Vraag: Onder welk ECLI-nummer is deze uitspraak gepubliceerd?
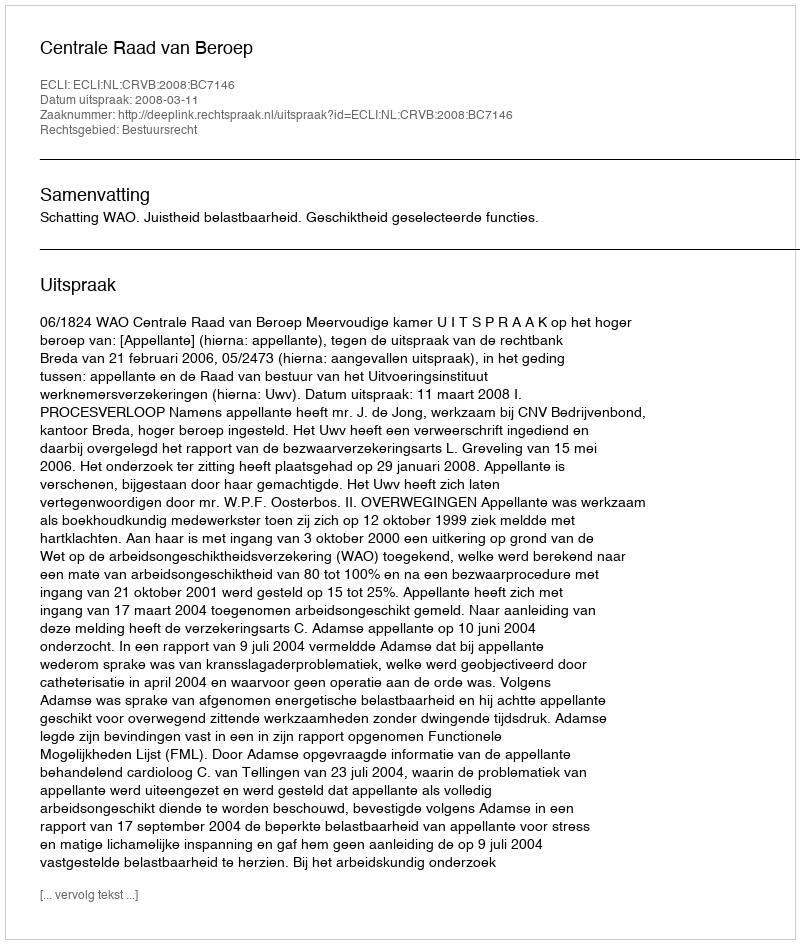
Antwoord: ECLI:NL:CRVB:2008:BC7146